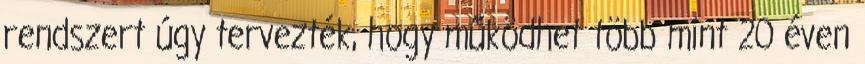
rendszert úgy tervezték, hogy működhet több mint 20 éven